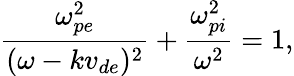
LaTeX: \frac{\omega_{pe}^{2}}{(\omega-kv_{de})^{2}}+\frac{\omega_{pi}^{2}}{\omega^{2}}=1,